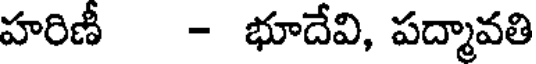
హరిణీ - భూదేవి, పద్మావతి